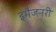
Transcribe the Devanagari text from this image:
इमैजनरी